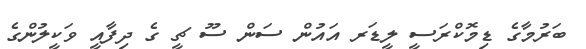
ބަރުމާގެ ޑިމޮކްރަސީ ލީޑަރ އައުން ސަން ސޫ ޗީ ގެ ދިފާއީ ވަކީލުންގެ